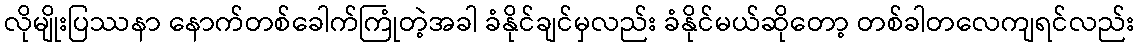
လိုမျိုးပြဿနာ နောက်တစ်ခေါက်ကြုံတဲ့အခါ ခံနိုင်ချင်မှလည်း ခံနိုင်မယ်ဆိုတော့ တစ်ခါတလေကျရင်လည်း